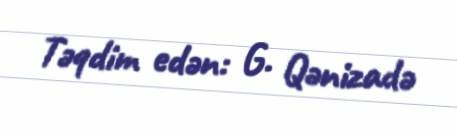
Təqdim edən: G. Qənizadə